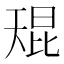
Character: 𫯬